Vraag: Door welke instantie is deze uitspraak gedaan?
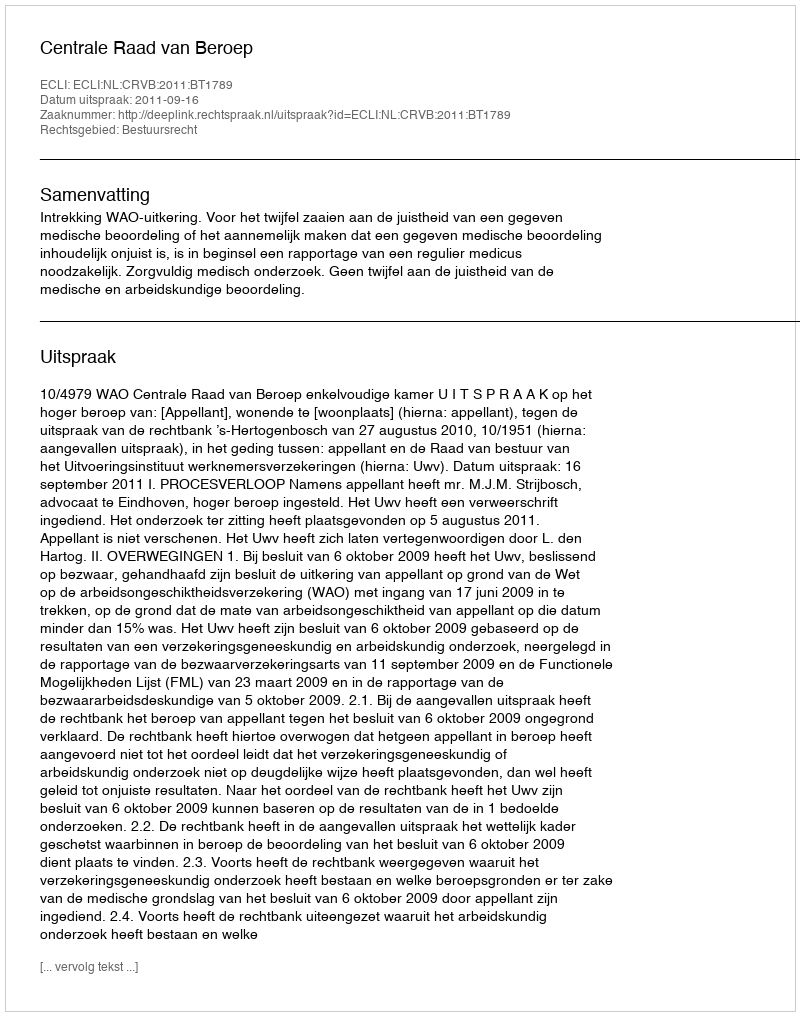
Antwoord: Centrale Raad van Beroep